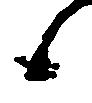
候